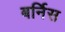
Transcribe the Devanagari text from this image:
बर्निस